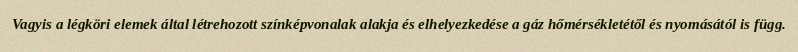
Vagyis a légköri elemek által létrehozott színképvonalak alakja és elhelyezkedése a gáz hőmérsékletétől és nyomásától is függ.